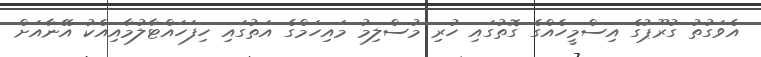
އެވަގުތު ގުރޫޕުގެ އިސްމީހެއްގެ ގޮތުގައި ހުރި މުސްލިމު މައިހަމްގެ އަތުގައި ހިފަހައްޓާލުމާއިއެކު އޭނާއަށް